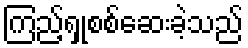
ကြည့်ရှုစစ်ဆေးခဲ့သည်